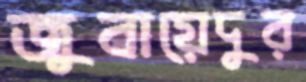
জুবায়েদুর